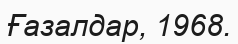
Ғазалдар, 1968.